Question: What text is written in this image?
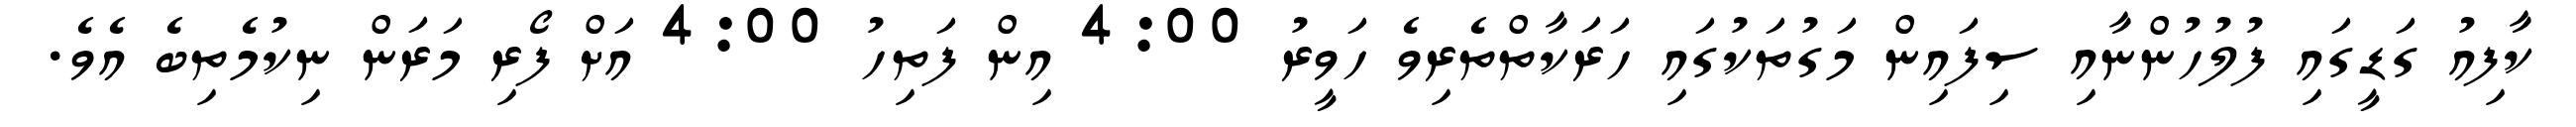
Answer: ކާފިއު ގަޑީގައި ފުލުހުންނާއި ސިފައިން މަގުތަކުގައި ހަރަކާތްތެރިވެ ހަވީރު 4:00 އިން ފަތިހު 4:00 އަށް ފޯރި މަރަން ނިކުމެތިބެ އެވެ.